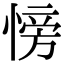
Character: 㥬